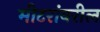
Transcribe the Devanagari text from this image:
मीटरांवरील